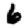
Digit: 6